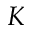
K